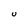
Character: U